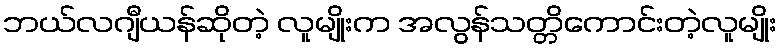
ဘယ်လဂျီယန်ဆိုတဲ့ လူမျိုးက အလွန်သတ္တိကောင်းတဲ့လူမျိုး